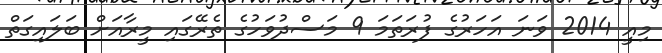
މިއީ 2014 ވަނަ އަހަރުގެ ފުރަތަމަ 9 މަސްދުވަހުގެ ތެރޭގައި މީރާއަށް ބަލައިގަތް